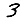
Digit: 3